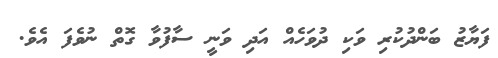
ފަޔާޒު ބަންދުކުރި ވަކި ދުވަހެއް އަދި ވަނީ ސާފުވާ ގޮތް ނުވެފަ އެވެ.